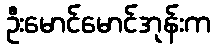
ဦးမောင်မောင်အုန်းက